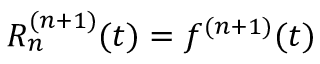
R _ { n } ^ { ( n + 1 ) } ( t ) = f ^ { ( n + 1 ) } ( t )